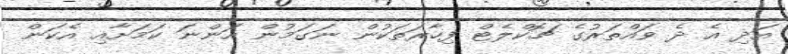
އަދި އެ ދެ ވައްތަރުގެ ޗޮކްލެޓް ފިހާރަތަކުން ނަގަމުން އަންނަ ކަމަށާއި އެކަން